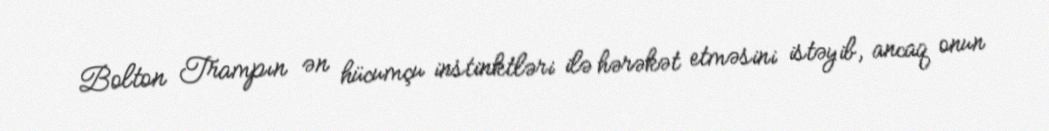
Bolton Trampın ən hücumçu instinktləri ilə hərəkət etməsini istəyib, ancaq onun